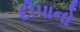
દીપાનો